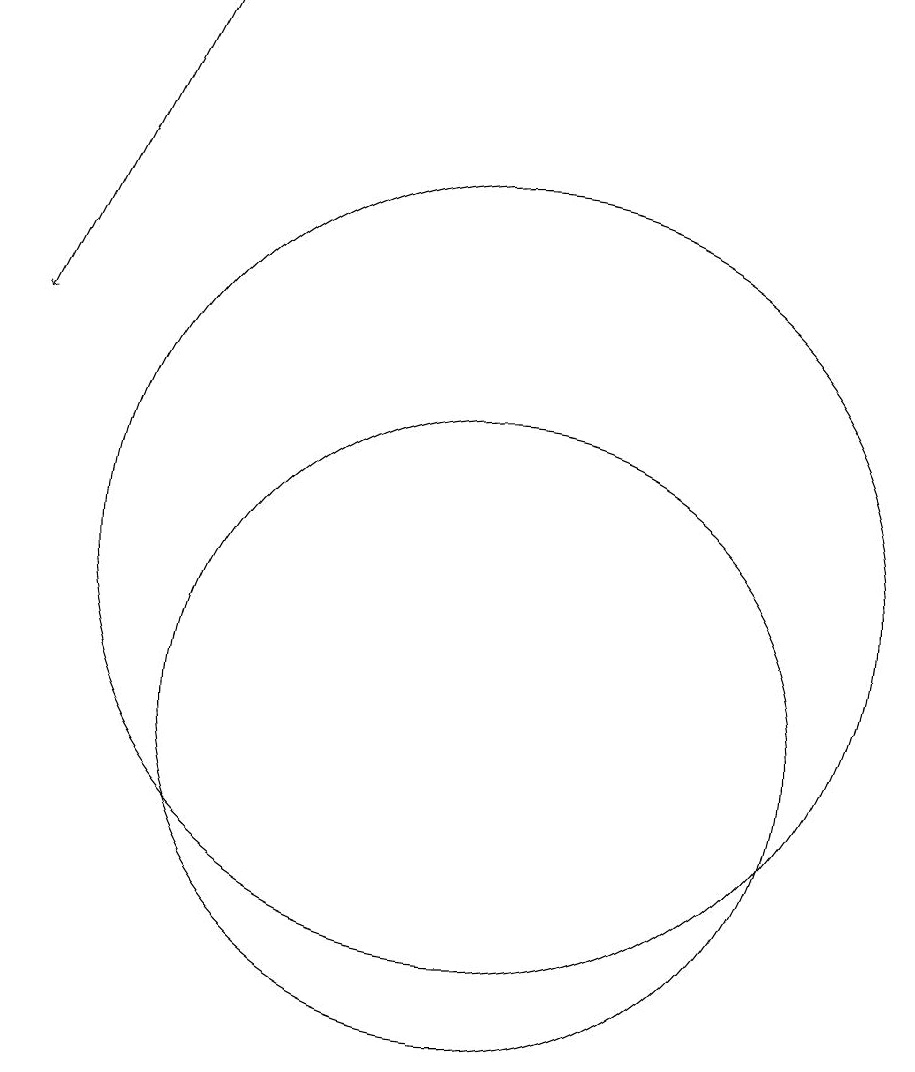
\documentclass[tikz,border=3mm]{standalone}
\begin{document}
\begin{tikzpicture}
\draw (11,10) circle (4);
\draw (11,12) circle (5);
\draw[->] (7,19) -- (5,15);
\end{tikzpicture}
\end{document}